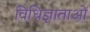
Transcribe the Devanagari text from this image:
विधिज्ञाताओं